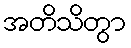
အတိသိတွာ